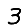
Digit: 3